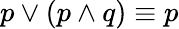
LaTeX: p\vee(p\wedge q)\equiv p